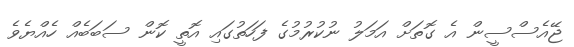
ޖޭއެސްސީން އެ ގޮތަށް އަމަލު ނުކުރުމުގެ ފަހަތުގައި އޮތީ ކޮން ސަބަބެއް ހެއްޔެވެ